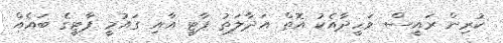
ކުރިން ރައީސް ވަހީދާއެކު އޮތް އަދާލަތު ޕާޓީ އާއި ގައުމީ ޕާޓީގެ ބައެއް